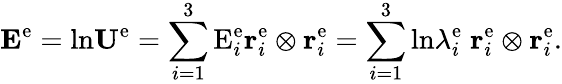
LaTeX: {\mathbf E}^{\mathrm{e}}=\mathrm{ln}{\mathbf U}^{\mathrm{e}}=\sum_{i=1}^{3}\mathrm{E}_{i}^{\mathrm{e}}{\mathbf r}_{i}^{\mathrm{e}}\otimes{\mathbf r}_{i}^{\mathrm{e}}=\sum_{i=1}^{3}\mathrm{ln}\lambda_{i}^{\mathrm{e}}\; {\mathbf r}_{i}^{\mathrm{e}}\otimes{\mathbf r}_{i}^{\mathrm{e}}.